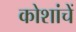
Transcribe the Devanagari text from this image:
कोशांचें